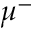
\mu ^ { - }